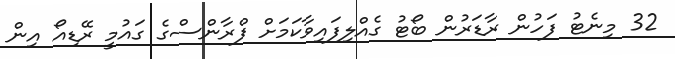
32 މިނެޓު ފަހުން ރާޑަރުން ބޯޓު ގެއްލިފައިވާކަމަށް ފްރާންސްގެ ގައުމީ ރޭޑިއޯ އިން